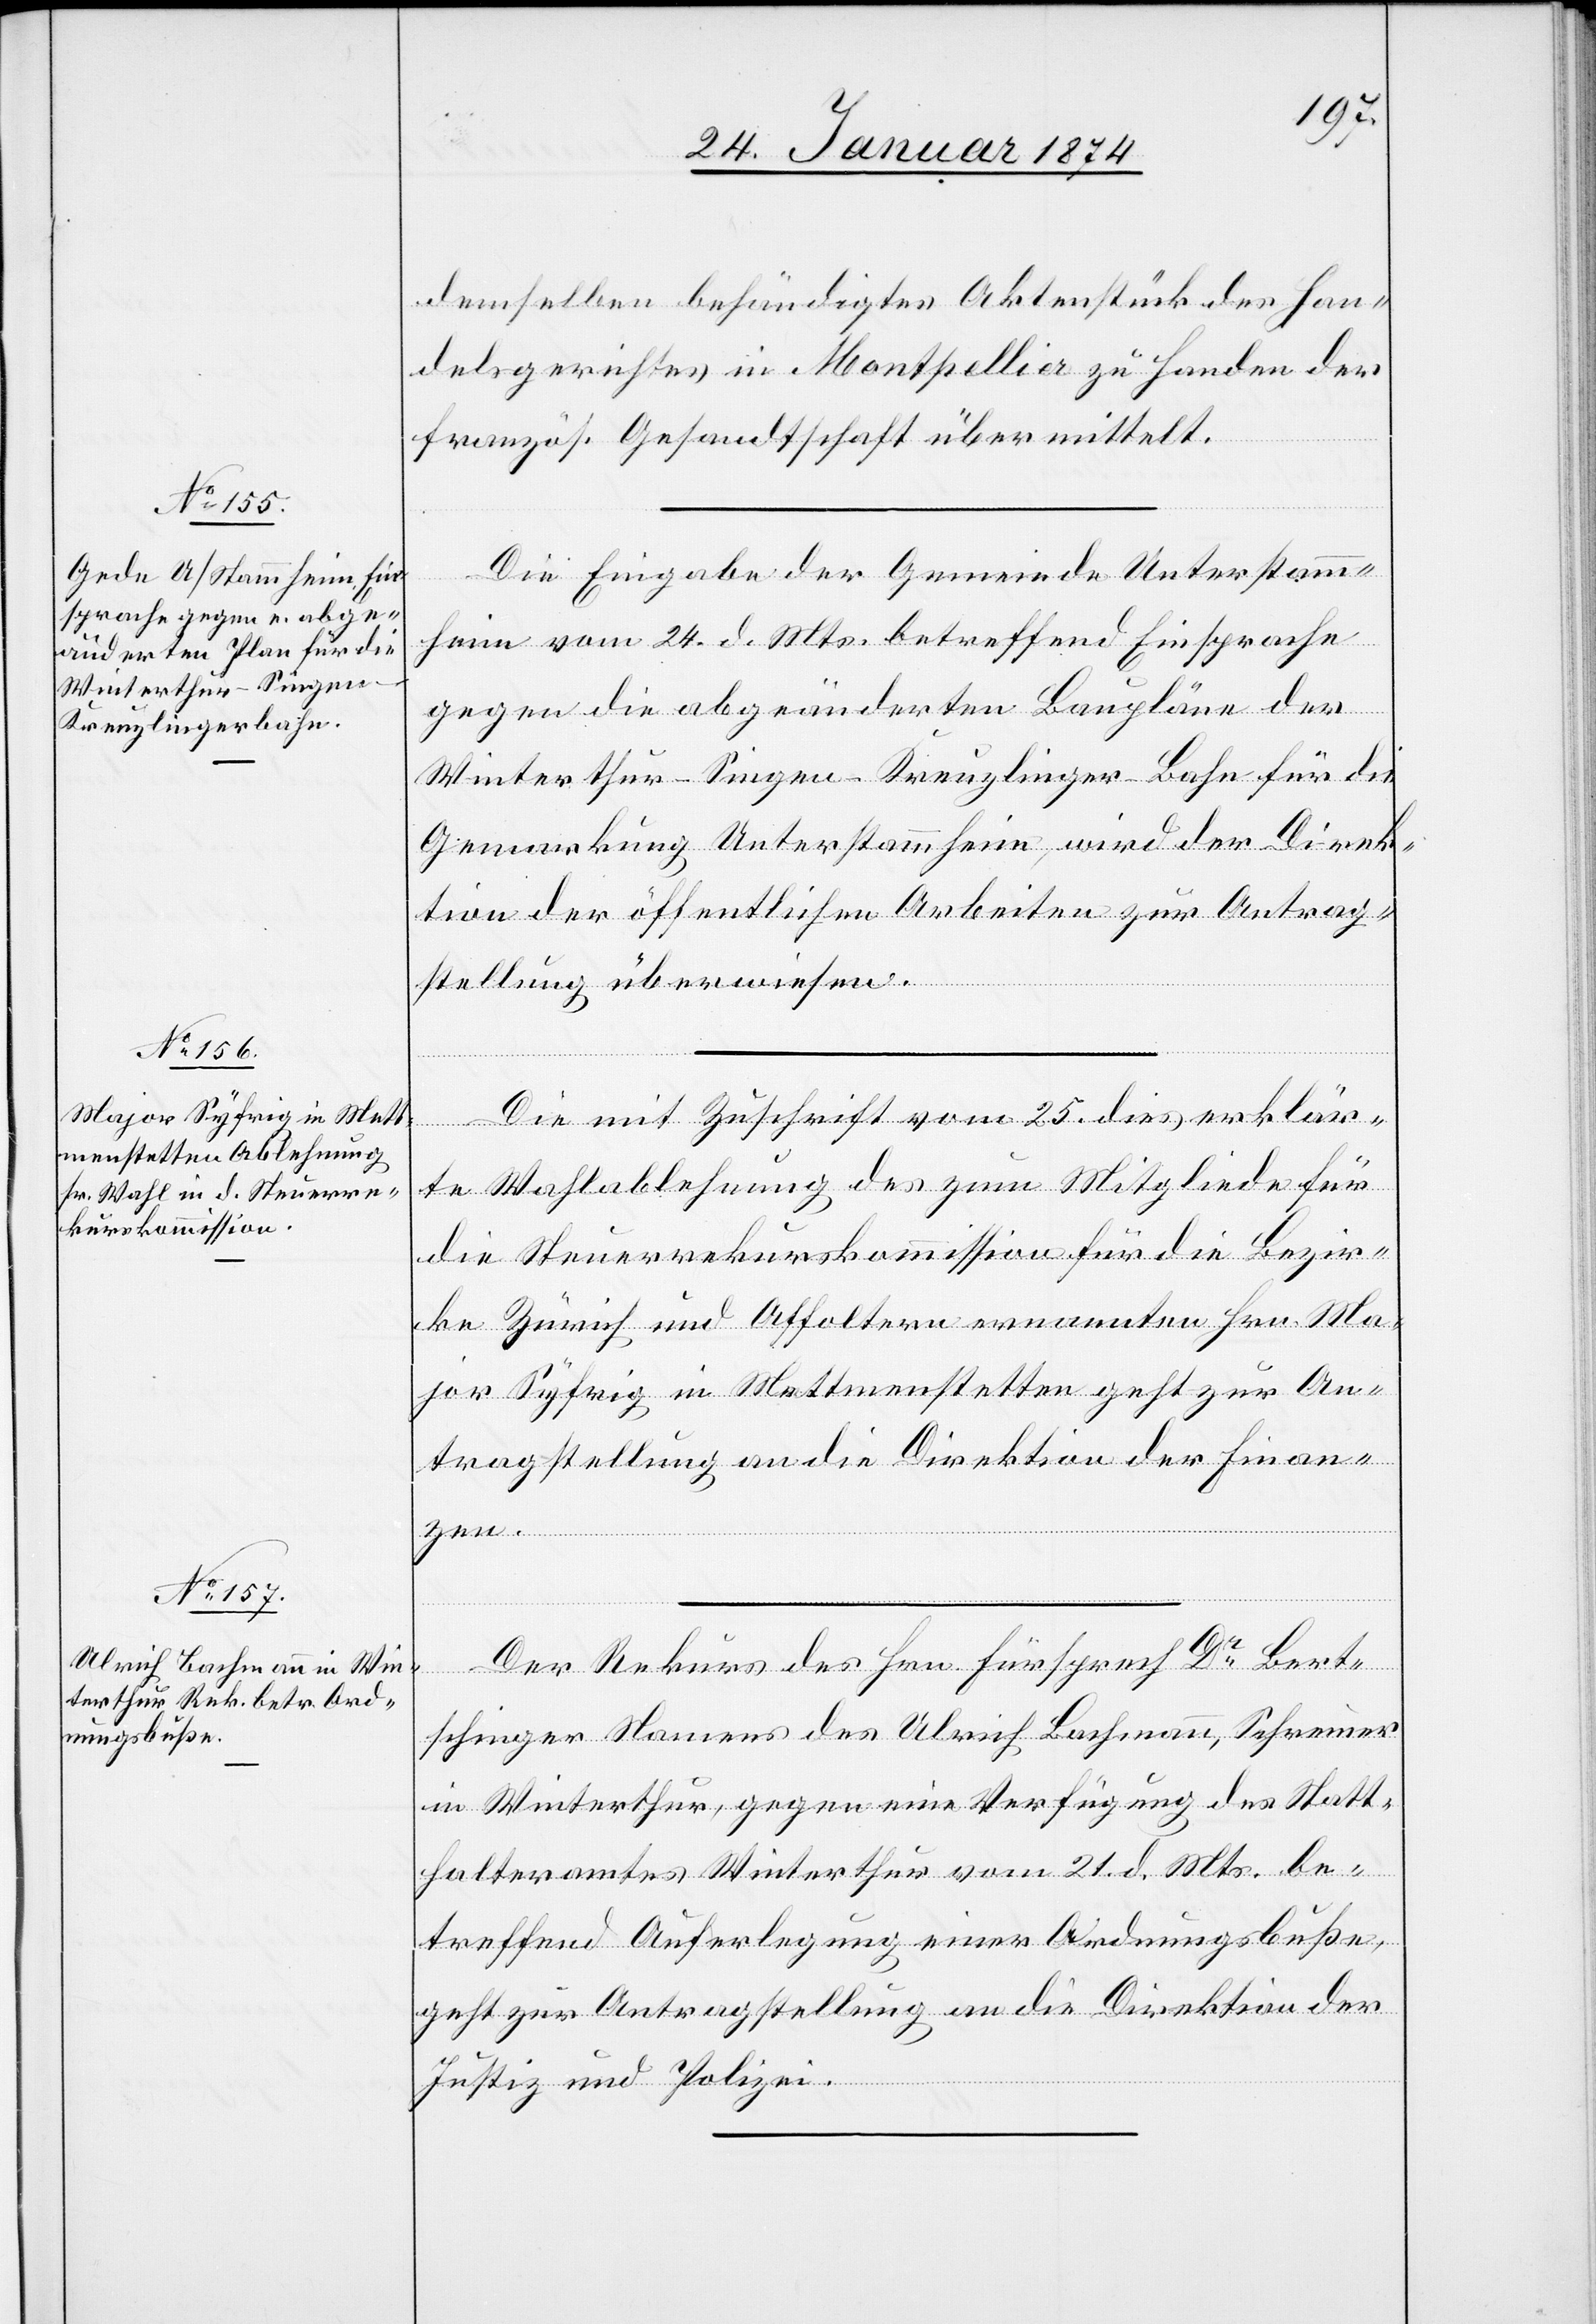
27. Januar 1874.]
demselben behändigtes Aktenstück des Han¬
delsgerichtes in Montpellier zu Handen der
französ. Gesandtschaft übermittelt.
Die Eingabe der Gemeinde Unterstamm¬
heim vom 24. d. Mts. betreffend Einsprache
gegen die abgeänderten Baupläne der
Winterthur-Singen-Kreuzlinger-Bahn für die
Gemarkung Unterstammheim, wird der Direk¬
tion der öffentlichen Arbeiten zur Antrag¬
stellung überwiesen.
Die mit Zuschrift vom 25. dies erklär¬
te Wahlablehnung des zum Mitgliede für
die Steuerrekurskommission für die Bezir¬
ke Zürich und Affoltern ernannten Hrn. Ma¬
jor Syfrig in Mettmenstetten geht zur An¬
tragstellung an die Direktion der Finan¬
zen.
Der Rekurs des Hrn. Fürsprech Dr Bert¬
schinger Namens des Ulrich Bachmann, Schreiner
in Winterthur, gegen eine Verfügung des Statt¬
halteramtes Winterthur vom 21. d. Mts. be¬
treffend Auferlegung einer Ordnungsbuße,
geht zur Antragstellung an die Direktion der
Justiz und Polizei.